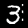
Label: 3